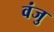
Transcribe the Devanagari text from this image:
वंजु